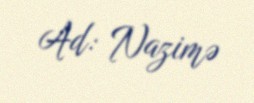
Ad: Nazimə